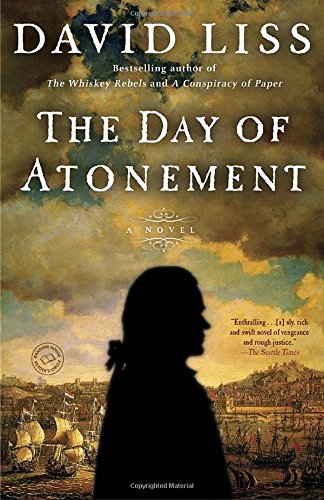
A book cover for The Day of Atonement: A Novel; David Liss; Mystery, Thriller & Suspense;